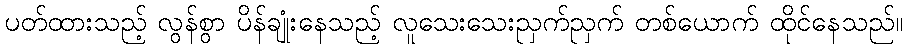
ပတ်ထားသည့် လွန်စွာ ပိန်ချုံးနေသည့် လူသေးသေးညှက်ညှက် တစ်ယောက် ထိုင်နေသည်။